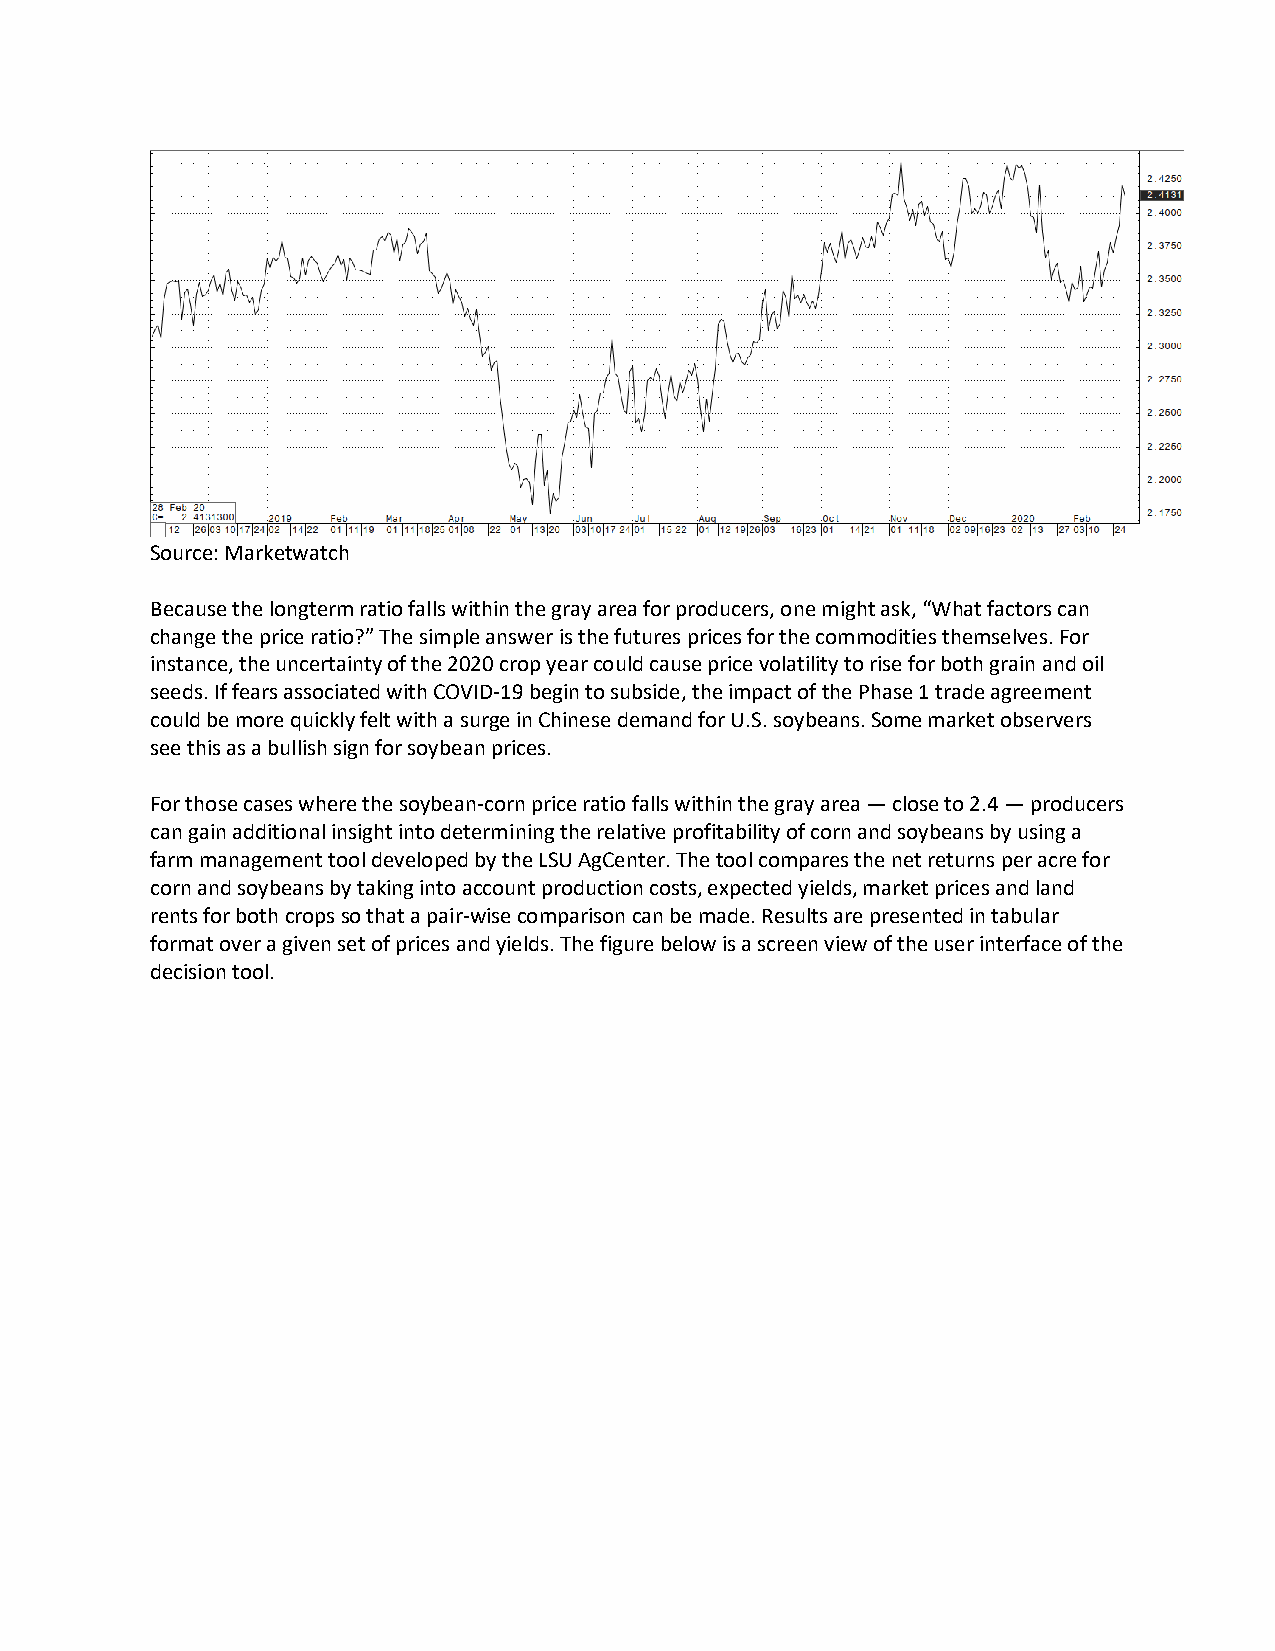
Source: Marketwatch
 Because the longterm ratio falls within the gray area for producers, one might ask, “What factors can
 change the price ratio?” The simple answer is the futures prices for the commodities themselves. For
 instance, the uncertainty of the 2020 crop year could cause price volatility to rise for both grain and oil
 seeds. If fears associated with COVID-19 begin to subside, the impact of the Phase 1 trade agreement
 could be more quickly felt with a surge in Chinese demand for U.S. soybeans. Some market observers
 see this as a bullish sign for soybean prices.
 For those cases where the soybean-corn price ratio falls within the gray area — close to 2.4 — producers
 can gain additional insight into determining the relative profitability of corn and soybeans by using a
 farm management tool developed by the LSU AgCenter. The tool compares the net returns per acre for
 corn and soybeans by taking into account production costs, expected yields, market prices and land
 rents for both crops so that a pair-wise comparison can be made. Results are presented in tabular
 format over a given set of prices and yields. The figure below is a screen view of the user interface of the
 decision tool.